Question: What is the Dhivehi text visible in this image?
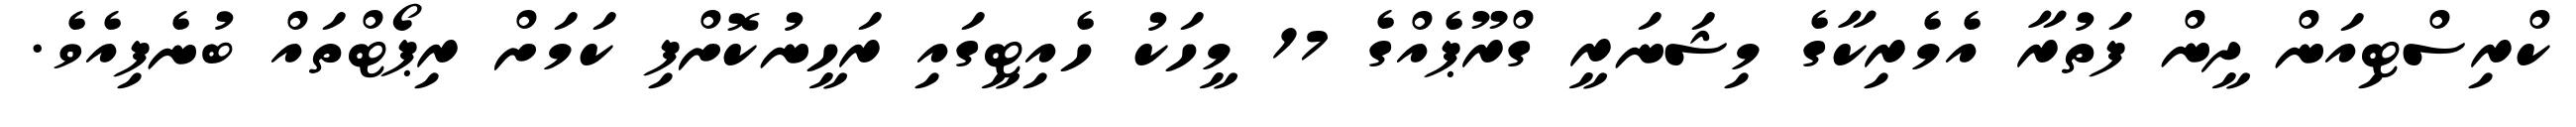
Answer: ކްރިސްޓިއަން ދީން ފަތުރާ އެމެރިކާގެ މިޝަނަރީ ގްރޫޕެއްގެ 17 މީހަކު ހެއިޓީގައި ރަހީނުކޮށްފި ކަމަށް ރިޕޯޓްތައް ބުނެފިއެވެ.